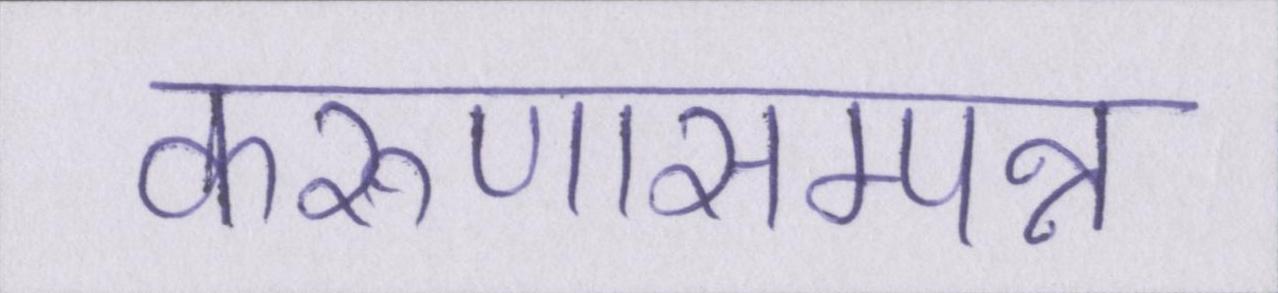
करुणासम्पन्न